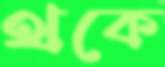
থকে